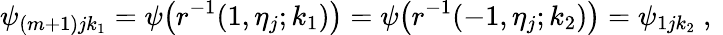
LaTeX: \psi_{(m+1)jk_{1}}=\psi\big(r^{-1}(1,\eta_{j};k_{1})\big)=\psi\big(r^{-1}(-1,\eta_{j};k_{2})\big)=\psi_{1jk_{2}}\mathrm{~,~}